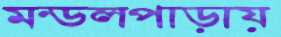
মন্ডলপাড়ায়